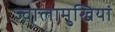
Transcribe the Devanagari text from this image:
ज्वालामुखियां